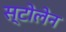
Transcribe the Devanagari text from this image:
स्टोलेन